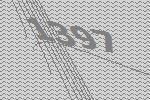
1397